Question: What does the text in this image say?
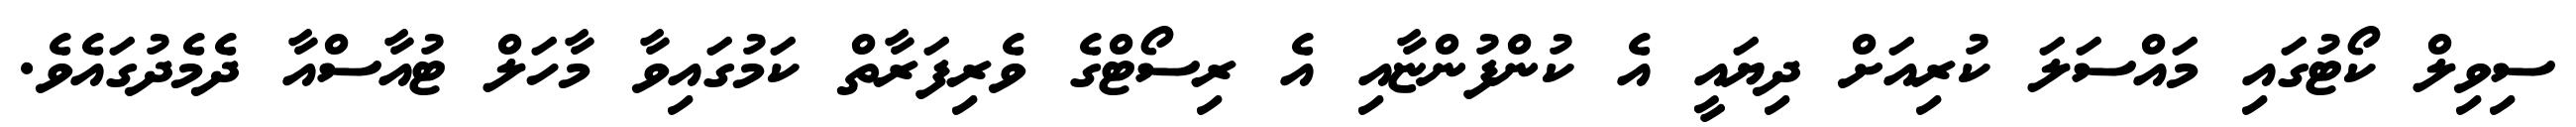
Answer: ސިވިލް ކޯޓުގައި މައްސަލަ ކުރިއަށް ދިޔައީ އެ ކުންފުންޏާއި އެ ރިސޯޓްގެ ވެރިފަރާތް ކަމުގައިވާ މާހަލް ޓުއާސްއާ ދެމެދުގައެވެ.